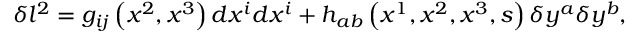
\delta l ^ { 2 } = g _ { i j } \left( x ^ { 2 } , x ^ { 3 } \right) d x ^ { i } d x ^ { i } + h _ { a b } \left( x ^ { 1 } , x ^ { 2 } , x ^ { 3 } , s \right) \delta y ^ { a } \delta y ^ { b } ,